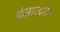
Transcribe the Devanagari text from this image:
कंत्राटदारास